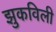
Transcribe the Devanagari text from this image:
झुकविली